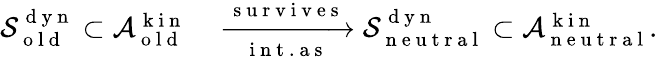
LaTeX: \begin{array}{rl}{\mathcal{S}_{\mathrm{~o~l~d~}}^{\mathrm{~d~y~n~}}\subset\mathcal{A}_{\mathrm{~o~l~d~}}^{\mathrm{~k~i~n~}}}&{{}\xrightarrow[\mathrm{~i~n~t~.~a~s~}]{\mathrm{~s~u~r~v~i~v~e~s~}}\mathcal{S}_{\mathrm{~n~e~u~t~r~a~l~}}^{\mathrm{~d~y~n~}}\subset\mathcal{A}_{\mathrm{~n~e~u~t~r~a~l~}}^{\mathrm{~k~i~n~}}.}\end{array}